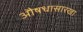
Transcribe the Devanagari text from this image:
औषधासारखा